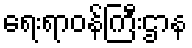
ရေးရာဝန်ကြီးဌာန